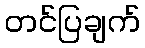
တင်ပြချက်